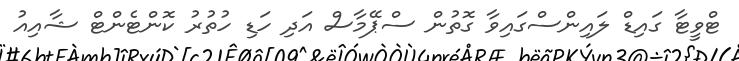
ޓްވީޓާ ގައިޑް ލައިންސްގައިވާ ގޮތުން ސްޕޭމާސް އަދި ހަޑި ހުތުރު ކޮންޓެންޓް ޝާއިއު